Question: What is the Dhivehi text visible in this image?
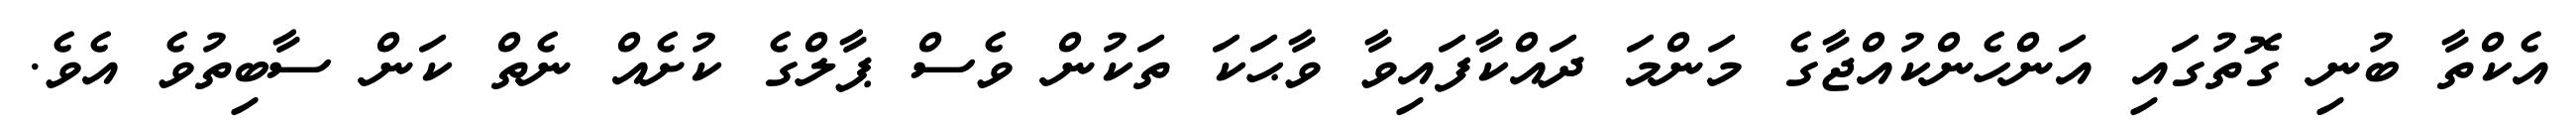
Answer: އެކްތާ ބުނި ގޮތުގައި އަންހެންކުއްޖާގެ މަންމަ ދައްކާފައިވާ ވާޙަކަ ތަކުން ވެސް ޕާލްގެ ކުށެއް ނެތް ކަން ސާބިތުވެ އެވެ.